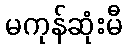
မကုန်ဆုံးမီ